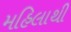
મહિલાથી